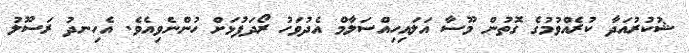
ޝުކުރުއަދާ ކުރެއްވުމުގެ ގޮތުން މޫސާ އަލައިހިއްސަލާމް އެދުވަހު ރޯދަފުޅަށް ހުންނެވިއެވެ. އެހިނދު ރަސޫލު